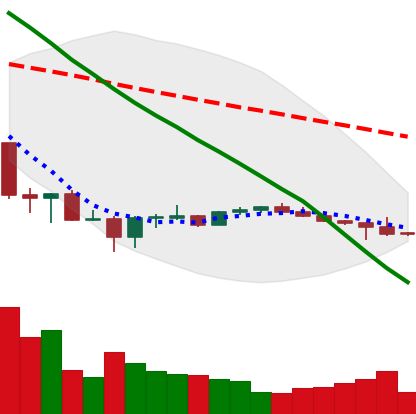
Ticker: BTC-USD
Chart end date: 2022-07-02
Forward return: 12.448%
Label: up_7plus